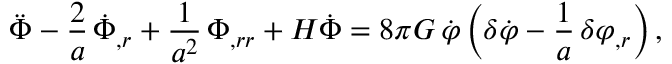
\ddot { \Phi } - \frac { 2 } { a } \, \dot { \Phi } _ { , r } + \frac { 1 } { a ^ { 2 } } \, \Phi _ { , r r } + H \dot { \Phi } = 8 \pi G \, \dot { \varphi } \left( \delta \dot { \varphi } - \frac { 1 } { a } \, \delta \varphi _ { , r } \right) ,